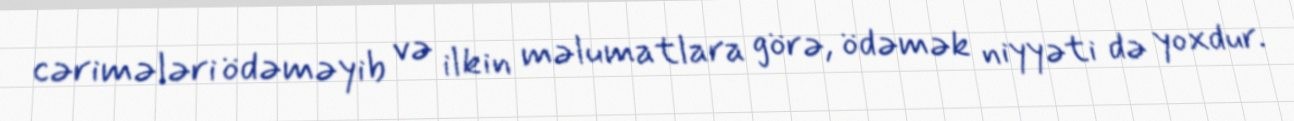
cərimələri ödəməyib və ilkin məlumatlara görə, ödəmək niyyəti də yoxdur.